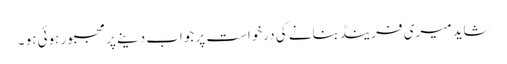
شاید میری فرینڈبنانے کی درخواست پر جواب دینے پر مجبور ہوئی ہو ۔